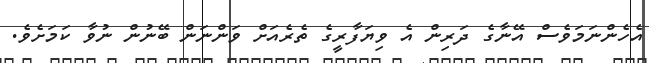
އެހެންނަމަވެސް އޭނާގެ ދަރިން އެ ވިޔަފާރީގެ ތެރެއަށް ވަންނަން ބޭނުން ނުވާ ކަމަށެވެ.